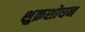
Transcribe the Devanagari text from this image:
शुक्रशोधन